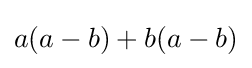
a(a-b)+b(a-b)